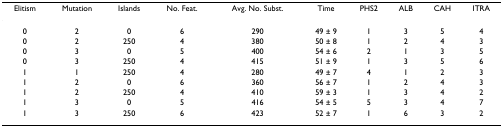
<table><thead><tr><td><b>Elitism</b></td><td><b>Mutation</b></td><td><b>Islands</b></td><td><b>No. Feat.</b></td><td><b>Avg. No. Subst.</b></td><td><b>Time</b></td><td><b>PHS2</b></td><td><b>ALB</b></td><td><b>CAH</b></td><td><b>ITRA</b></td></tr></thead><tbody><tr><td>0</td><td>2</td><td>0</td><td>6</td><td>290</td><td>49 ± 9</td><td>1</td><td>3</td><td>5</td><td>4</td></tr><tr><td>0</td><td>2</td><td>250</td><td>4</td><td>380</td><td>50 ± 8</td><td>1</td><td>2</td><td>4</td><td>3</td></tr><tr><td>0</td><td>3</td><td>0</td><td>5</td><td>400</td><td>54 ± 6</td><td>2</td><td>1</td><td>3</td><td>5</td></tr><tr><td>0</td><td>3</td><td>250</td><td>4</td><td>415</td><td>51 ± 9</td><td>1</td><td>3</td><td>5</td><td>6</td></tr><tr><td>1</td><td>1</td><td>250</td><td>4</td><td>280</td><td>49 ± 7</td><td>4</td><td>1</td><td>2</td><td>3</td></tr><tr><td>1</td><td>2</td><td>0</td><td>6</td><td>360</td><td>56 ± 7</td><td>1</td><td>2</td><td>4</td><td>3</td></tr><tr><td>1</td><td>2</td><td>250</td><td>4</td><td>410</td><td>59 ± 3</td><td>1</td><td>3</td><td>4</td><td>2</td></tr><tr><td>1</td><td>3</td><td>0</td><td>5</td><td>416</td><td>54 ± 5</td><td>5</td><td>3</td><td>4</td><td>7</td></tr><tr><td>1</td><td>3</td><td>250</td><td>6</td><td>423</td><td>52 ± 7</td><td>1</td><td>6</td><td>3</td><td>2</td></tr></tbody></table>